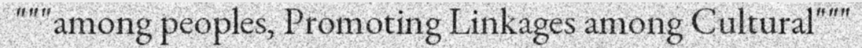
"""among peoples, Promoting Linkages among Cultural"""